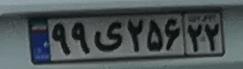
۹۹ی۲۵۶۲۲